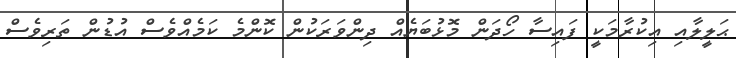
ޙަލީލާއި އިކުރާމަކީ ފައިސާ ހޯދަން މޮޅުބަޔެއް ދިންވަރަކުން ކޮންމެ ކަމެއްވެސް އުޑުން ތަރިވެސް